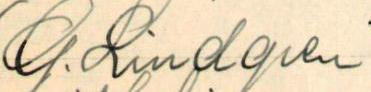
G. Lindgren